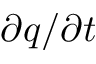
\partial q / \partial t